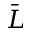
\bar { L }